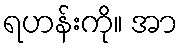
ရဟန်းကို။ အာ